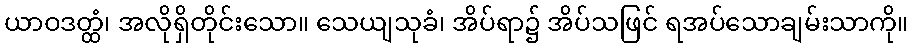
ယာဝဒတ္ထံ၊ အလိုရှိတိုင်းသော။ သေယျသုခံ၊ အိပ်ရာ၌ အိပ်သဖြင် ရအပ်သောချမ်းသာကို။